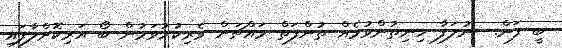
ބީ ފަން.  ނުލަފާ ހިނިތުންވުމެއް ތުންފަތް މައްޗަށް ވެރިކުރުވަމުން ބޯ އަރިކޮށްލާފައި